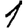
Digit: 1